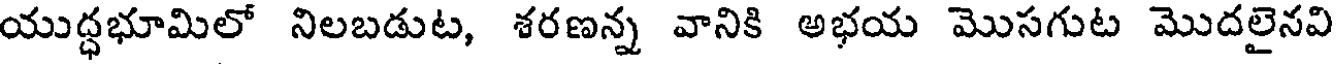
యుద్ధభూమిలో నిలబడుట, శరణన్న వానికి అభయ మొసగుట మొదలైనవి